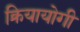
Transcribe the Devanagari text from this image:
क्रियायोगी